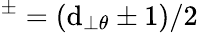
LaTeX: ^{\pm}=(\mathrm{d}_{\perp\theta}\pm1)/2